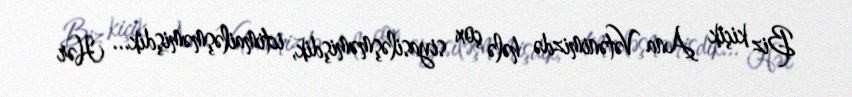
Biz kiçik Ana Vətənimizdə hələ çox siyasiləşməmişdik, ictimailəşməmişdik... Hər